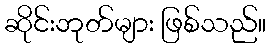
ဆိုင်းဘုတ်များ ဖြစ်သည်။